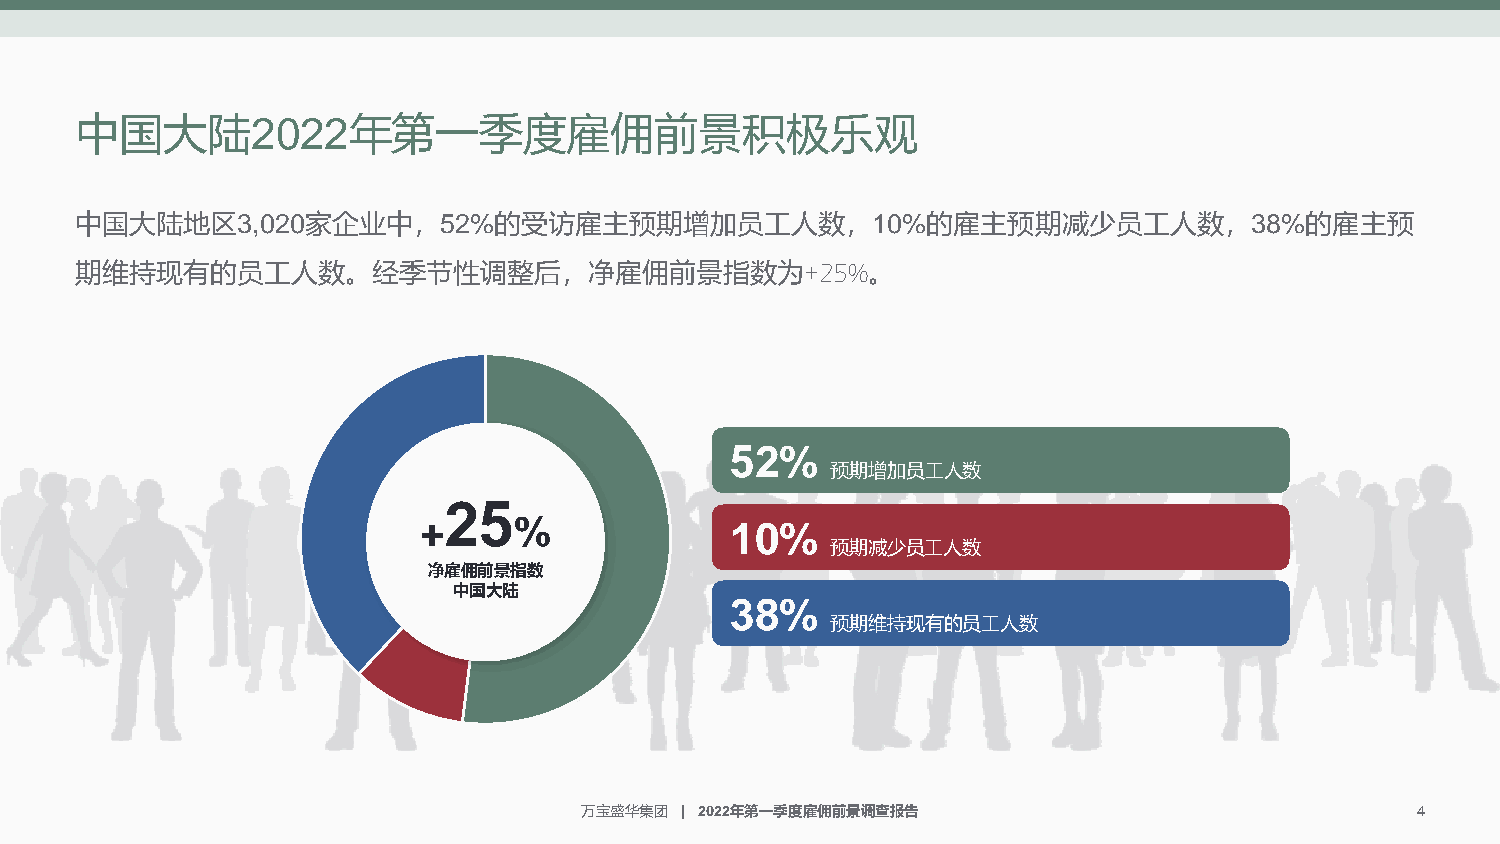
中国大陆2022年第一季度雇佣前景积极乐观
 中国大陆地区3,020家企业中，52%的受访雇主预期增加员工人数，10%的雇主预期减少员工人数，38%的雇主预
 期维持现有的员工人数。经季节性调整后，净雇佣前景指数为+25%。
 52%
 预期增加员工人数
 25
 +     %             10%
 预期减少员工人数
 净雇佣前景指数
 中国大陆
 38%
 预期维持现有的员工人数
 万宝盛华集团 | 2022年第一季度雇佣前景调查报告                              4